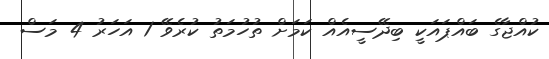
ކުއްޖާގެ ބައްޕައަކީ ބިދޭސީއެއް ކަމަށް ތުހުމަތު ކުރެވޭ 1 އަހަރު 4 މަސް